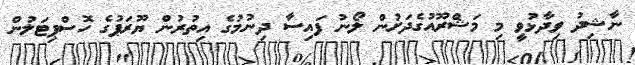
ނާޝިދު ވިދާޅުވީ މި މަޝްރޫއުގެދަށުން ލޯނު ފައިސާ ދިނުމުގެ އިތުރުުން ޔޫރަޕުގެ ހޮސްޕިޓަލުން